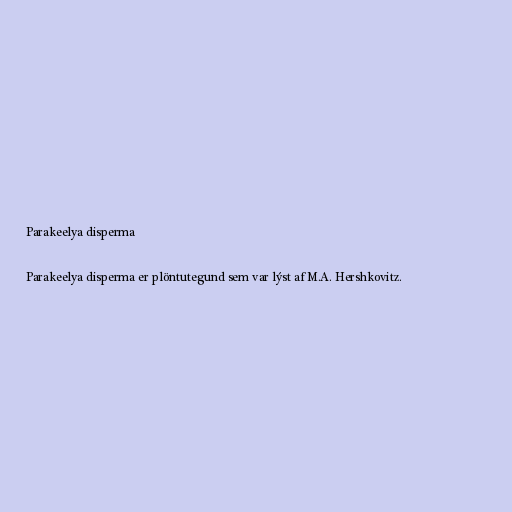
Parakeelya disperma

Parakeelya disperma er plöntutegund sem var lýst af M.A. Hershkovitz.